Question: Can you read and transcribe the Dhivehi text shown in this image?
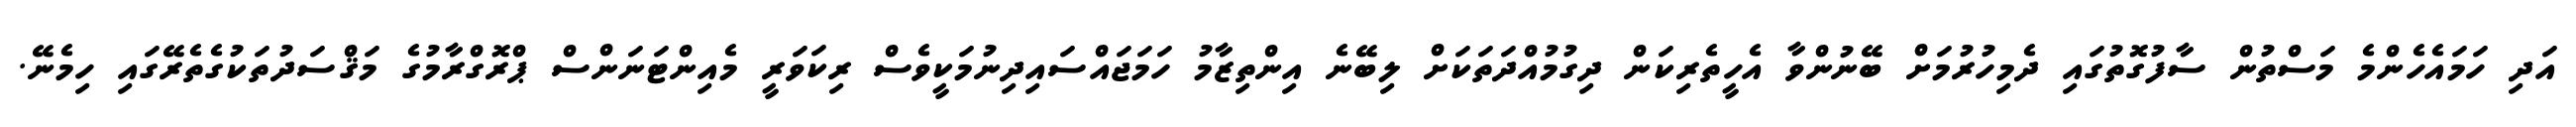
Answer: އަދި ހަމައެހެންމެ މަސްތުން ސާފުގޮތުގައި ދެމިހުރުމަށް ބޭނުންވާ އެހީތެރިކަން ދިގުމުއްދަތަކަށް ލިބޭނެ އިންތިޒާމު ހަމަޖައްސައިދިނުމަކީވެސް ރިކަވަރީ މެއިންޓަނަންސް ޕްރޮގްރާމުގެ މަޤްސަދުތަކުގެތެރޭގައި ހިމެނޭ.